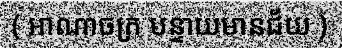
( អាណាចក្រ បន្ទាយមានជ័យ )